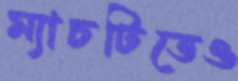
ম্যাচটিতেও